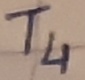
Text: T4